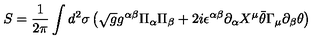
S = \frac { 1 } { 2 \pi } \int d ^ { 2 } \sigma \left( \sqrt { g } g ^ { \alpha \beta } \Pi _ { \alpha } \Pi _ { \beta } + 2 i \epsilon ^ { \alpha \beta } \partial _ { \alpha } X ^ { \mu } \bar { \theta } \Gamma _ { \mu } \partial _ { \beta } \theta \right)